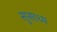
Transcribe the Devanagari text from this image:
सुसाध्‍य